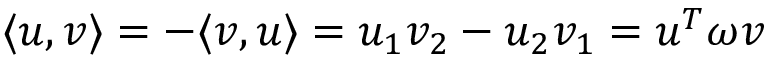
\langle u , v \rangle = - \langle v , u \rangle = u _ { 1 } v _ { 2 } - u _ { 2 } v _ { 1 } = u ^ { T } \omega v